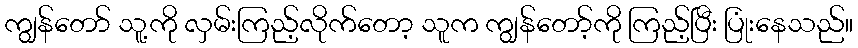
ကျွန်တော် သူ့ကို လှမ်းကြည့်လိုက်တော့ သူက ကျွန်တော့်ကို ကြည့်ပြီး ပြုံးနေသည်။